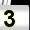
Digit: 3